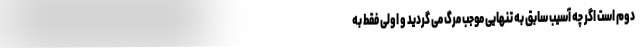
دوم است اگر چه آسیب سابق به تنهایی موجب مرگ می گردید و اولی فقط به